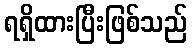
ရရှိထားပြီးဖြစ်သည်